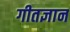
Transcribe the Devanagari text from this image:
गीतज्ञान